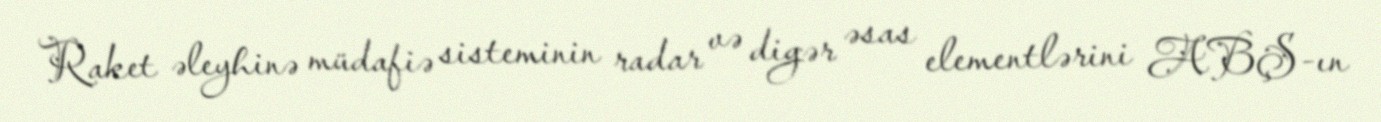
Raket əleyhinə müdafiə sisteminin radar və digər əsas elementlərini ABŞ-ın